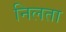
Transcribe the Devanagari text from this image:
निलता